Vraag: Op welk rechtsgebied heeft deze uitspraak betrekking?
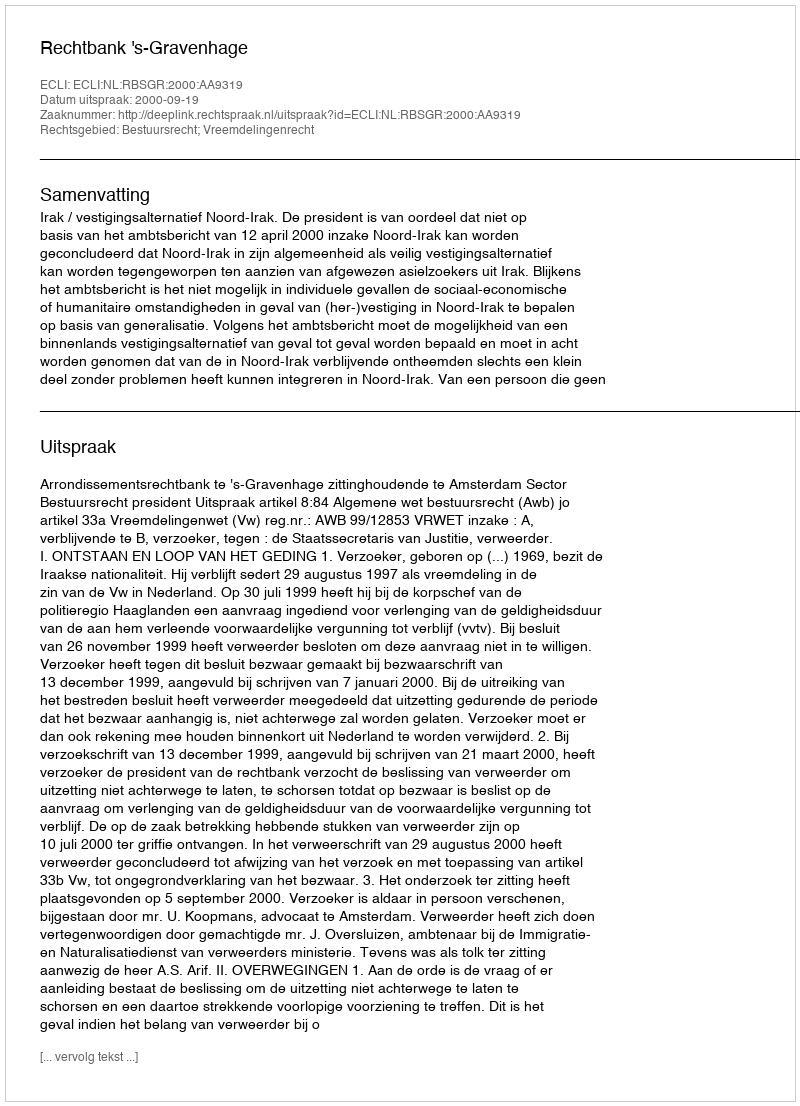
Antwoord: Bestuursrecht; Vreemdelingenrecht